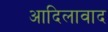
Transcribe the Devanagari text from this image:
आदिलावाद